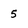
Character: 5